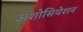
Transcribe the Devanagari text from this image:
अशोसियेशन